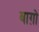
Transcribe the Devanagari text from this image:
बाग़ो